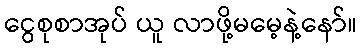
ငွေစုစာအုပ် ယူ လာဖို့မမေ့နဲ့နော်။